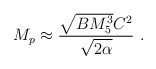
\begin{align*}M_p \approx {\sqrt{BM_5^3} C^2\over \sqrt{2\alpha}}\ .\end{align*}